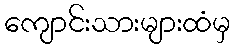
ကျောင်းသားများထံမှ